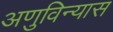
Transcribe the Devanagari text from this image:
अणुविन्यास